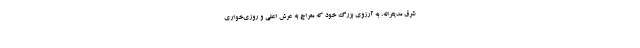
شرق مدیترانه، به آرزوی بزرگ خود که معراج به عرش اعلی و روزی‌خواری